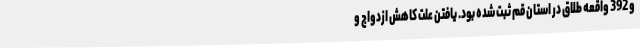
و 392 واقعه طلاق در استان قم ثبت شده بود. یافتن علت کاهش ازدواج و